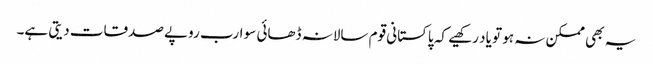
یہ بھی ممکن نہ ہو تو یاد رکھیے کہ پاکستانی قوم سالانہ ڈھائی سو ارب روپے صدقات دیتی ہے۔